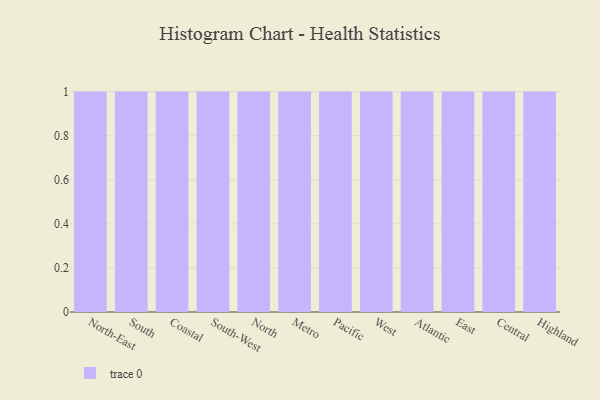
{"axis": {"x": "Region", "y": "Headcount"}, "legend": [""], "data": [{"x": "North-East", "y": 74, "type": ""}, {"x": "South", "y": 23, "type": ""}, {"x": "Coastal", "y": 62, "type": ""}, {"x": "South-West", "y": 39, "type": ""}, {"x": "North", "y": 69, "type": ""}, {"x": "Metro", "y": 20, "type": ""}, {"x": "Pacific", "y": 95, "type": ""}, {"x": "West", "y": 17, "type": ""}, {"x": "Atlantic", "y": 22, "type": ""}, {"x": "East", "y": 95, "type": ""}, {"x": "Central", "y": 9, "type": ""}, {"x": "Highland", "y": 43, "type": ""}]}